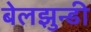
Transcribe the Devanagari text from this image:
बेलझुन्डी